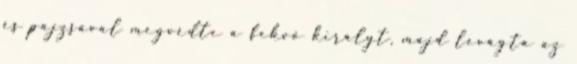
és pajzsával megvédte a fekvő királyt, majd levágta az